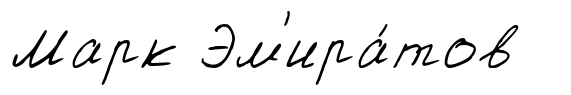
Марк Эм'ира́тов